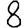
Digit: 8